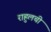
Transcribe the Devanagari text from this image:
राहुलची